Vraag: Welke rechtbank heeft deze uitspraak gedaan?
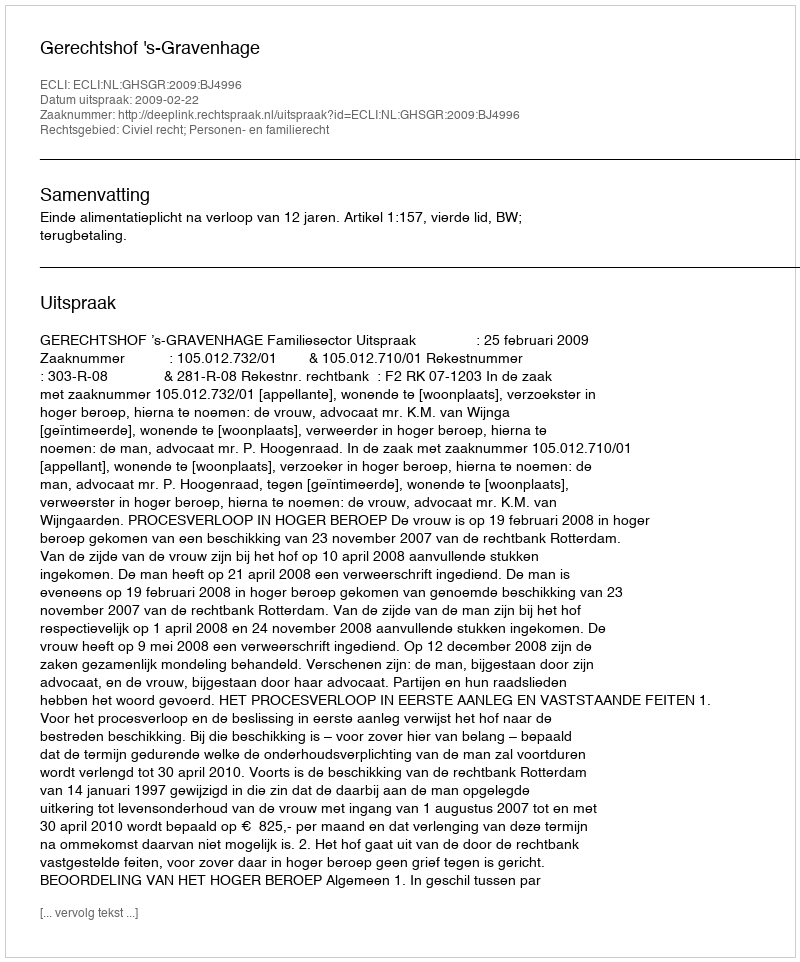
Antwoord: Gerechtshof 's-Gravenhage